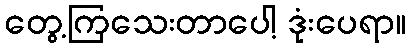
တွေ့ကြသေးတာပေါ့ ဒုံးပေရာ။